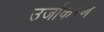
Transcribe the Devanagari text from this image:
उर्जाकरण